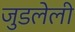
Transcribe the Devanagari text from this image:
जुडलेली